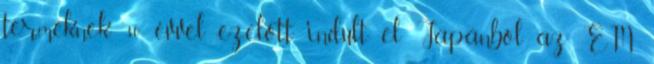
terméknek. 30 évvel ezelőtt indult el Japánból az EM